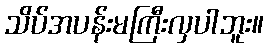
သိပ်အပန်းမကြီးလှပါဘူး။